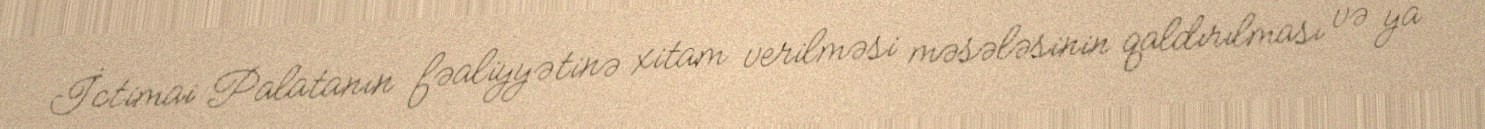
İctimai Palatanın fəaliyyətinə xitam verilməsi məsələsinin qaldırılması və ya